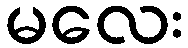
မလေး